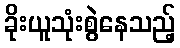
ခိုးယူသုံးစွဲနေသည့်